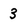
Character: 3